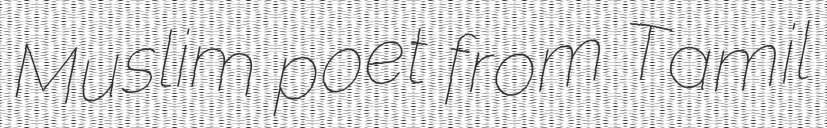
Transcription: Muslim poet from Tamil